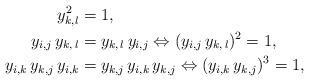
LaTeX: \begin{align*}y_{k,l}^2 &= 1,\\y_{i,j} \, y_{k,\, l} &= y_{k,\, l} \, y_{i,j} \Leftrightarrow (y_{i,j} \, y_{k,\, l})^2 = 1,\\y_{i,k} \, y_{k,j} \, y_{i,k} &= y_{k,j} \, y_{i,k} \, y_{k,j} \Leftrightarrow (y_{i,k} \, y_{k,j} )^3 = 1,\end{align*}